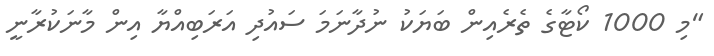
"މި 1000 ކޯޓާގެ ތެރެއިން ބަޔަކު ނުދާނަމަ ސައުދި އަރަބިއްޔާ އިން މާނަކުރާނީ